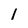
Character: 1